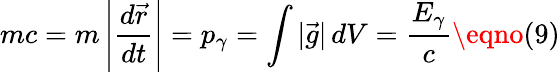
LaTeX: mc=m\left\vert\frac{d\vec{r}}{dt}\right\vert=p_{\gamma}=\int|\vec{g}|\, dV=\frac{E_{\gamma}}c\eqno(9)